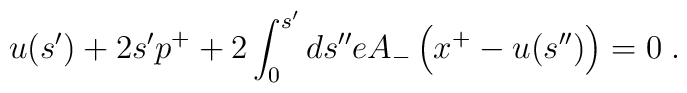
u(s') + 2 s' p^+ + 2 \int_0^{s'} ds'' e A_-\left(x^+ - u(s'')\right) = 0 \; .